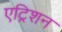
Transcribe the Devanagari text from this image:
एट्रिशन